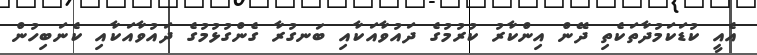
އެއީ ކުޑަކަމުދާތަކެތި ދޭން އިންކާރު ކުރުމުގެ ދައުވާއަކާއި ބަނގުރާ ގެންގުޅުމުގެ ދައުވާއަކާއި ކެނަބިހުން